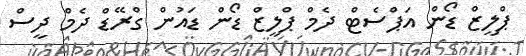
ޕްލީޒް ޑޯން އަޕްސެޓް ދެމް ޕްލީޒް ޑޯން ޑައުން ގްރޭޑް ދެމް ދީސް